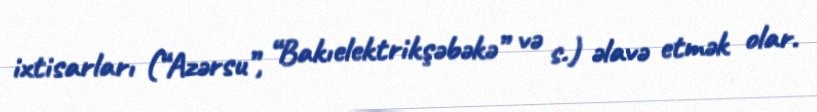
ixtisarları (“Azərsu”, “Bakıelektrikşəbəkə” və s.) əlavə etmək olar.